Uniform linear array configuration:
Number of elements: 24
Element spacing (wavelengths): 0.25
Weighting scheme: uniform
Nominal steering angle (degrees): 30
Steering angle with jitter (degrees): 28.593
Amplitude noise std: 0.05
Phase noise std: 0.05

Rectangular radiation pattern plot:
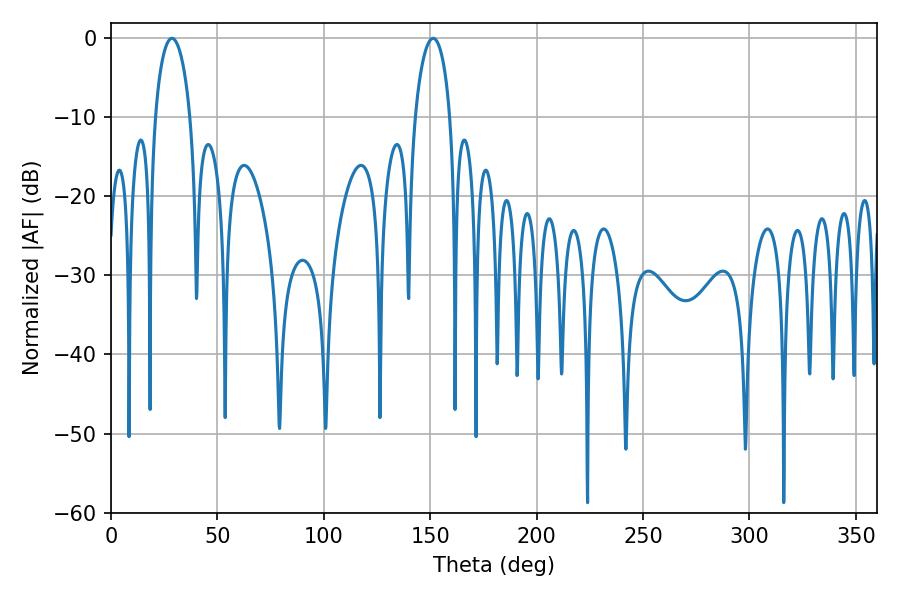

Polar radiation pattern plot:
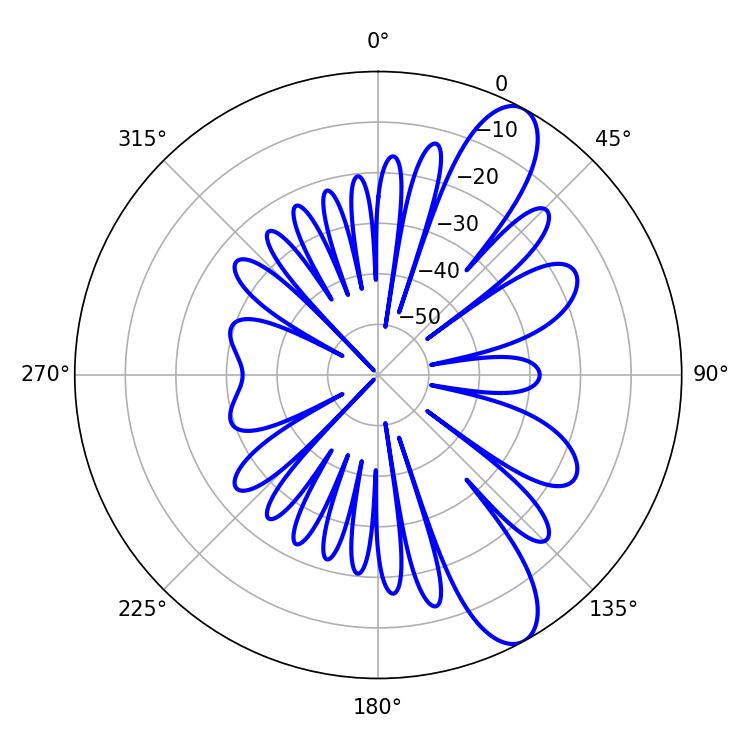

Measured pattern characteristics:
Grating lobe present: FALSE
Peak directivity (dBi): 10.432
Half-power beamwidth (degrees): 9.54
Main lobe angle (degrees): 28.62